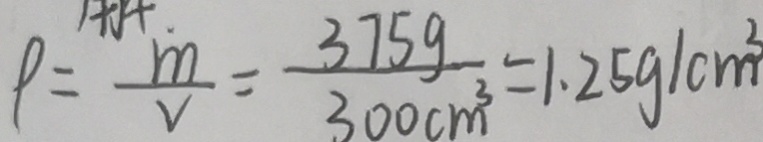
\rho = \frac { m } { V } = \frac { 3 7 5 g } { 3 0 0 c m ^ { 3 } } = 1 . 2 5 g / c m ^ { 3 }